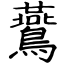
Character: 鷰